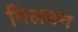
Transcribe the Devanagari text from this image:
मिलयन